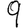
Digit: 9